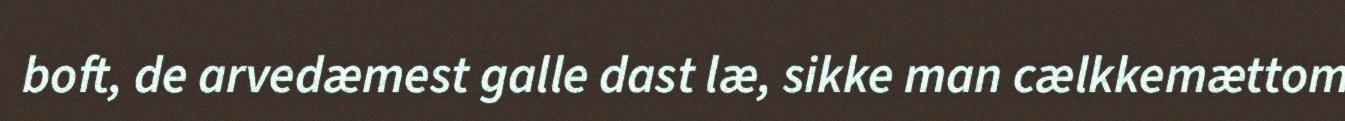
boft, de arvedæmest galle dast læ, sikke man cælkkemættom